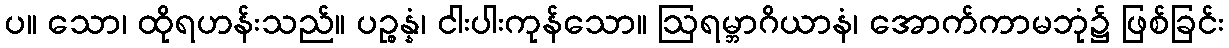
ပ။ သော၊ ထိုရဟန်းသည်။ ပဉ္စန္နံ၊ ငါးပါးကုန်သော။ ဩရမ္ဘာဂိယာနံ၊ အောက်ကာမဘုံ၌ ဖြစ်ခြင်း